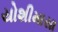
યોશીમાસા